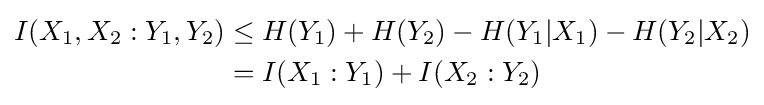
{\begin{aligned}I(X_{1},X_{2}:Y_{1},Y_{2})&\leq H(Y_{1})+H(Y_{2})-H(Y_{1}|X_{1})-H(Y_{2}|X_{2})\\&=I(X_{1}:Y_{1})+I(X_{2}:Y_{2})\end{aligned}}